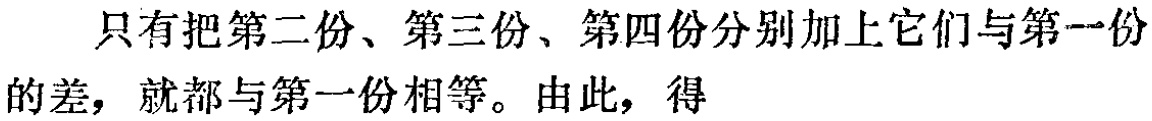
只有把第二份、第三份、第四份分别加上它们与第一份的差，就都与第一份相等。由此，得